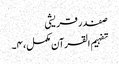
صفدر قریشی
تفہیم القرآن مکمل، ۴۔